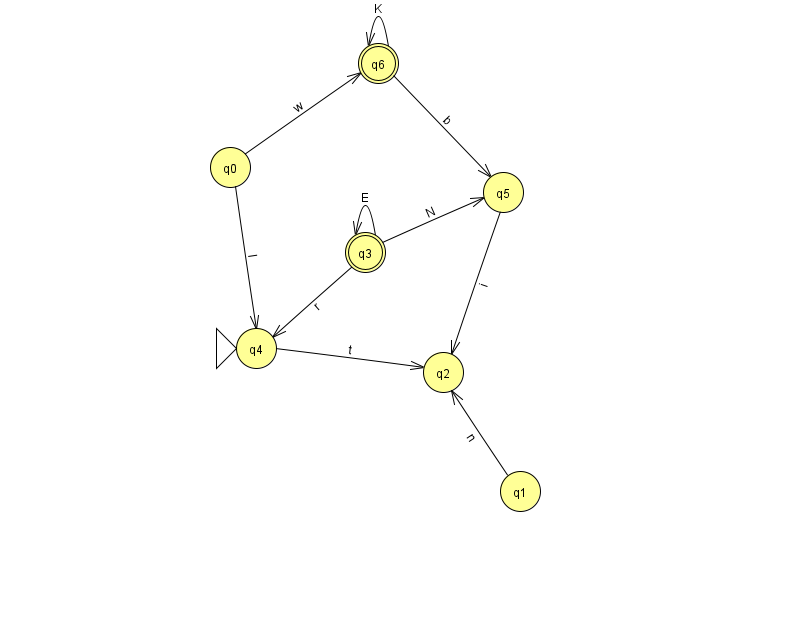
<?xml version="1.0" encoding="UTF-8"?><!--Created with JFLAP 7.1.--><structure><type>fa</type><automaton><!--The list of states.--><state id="0" name="q0"><x>230.0</x><y>154.0</y></state><state id="1" name="q1"><x>520.0</x><y>478.0</y></state><state id="2" name="q2"><x>443.0</x><y>359.0</y></state><state id="3" name="q3"><x>365.0</x><y>239.0</y><final/></state><state id="4" name="q4"><x>256.0</x><y>335.0</y><initial/></state><state id="5" name="q5"><x>503.0</x><y>179.0</y></state><state id="6" name="q6"><x>378.0</x><y>50.0</y><final/></state><!--The list of transitions.--><transition><from>3</from><to>5</to><read>N</read></transition><transition><from>5</from><to>2</to><read>i</read></transition><transition><from>6</from><to>5</to><read>b</read></transition><transition><from>3</from><to>3</to><read>E</read></transition><transition><from>1</from><to>2</to><read>n</read></transition><transition><from>0</from><to>6</to><read>w</read></transition><transition><from>4</from><to>2</to><read>t</read></transition><transition><from>0</from><to>4</to><read>l</read></transition><transition><from>6</from><to>6</to><read>K</read></transition><transition><from>3</from><to>4</to><read>r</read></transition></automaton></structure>